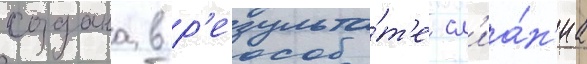
создана в р'езульта́т'е сл'иа́н'иа